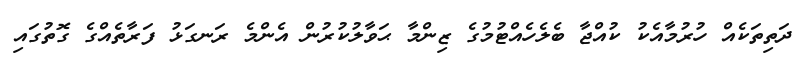
ދަތިތަކެއް ހުރުމާއެކު ކުއްޖާ ބެލެހެއްޓުމުގެ ޒިންމާ ޙަވާލުކުރުން އެންމެ ރަނގަޅު ފަރާތެއްގެ ގޮތުގައި